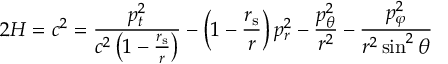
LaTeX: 2 H = c ^ { 2 } = { \frac { p _ { t } ^ { 2 } } { c ^ { 2 } \left( 1 - { \frac { r _ { \mathrm { { s } } } } { r } } \right) } } - \left( 1 - { \frac { r _ { \mathrm { { s } } } } { r } } \right) p _ { r } ^ { 2 } - { \frac { p _ { \theta } ^ { 2 } } { r ^ { 2 } } } - { \frac { p _ { \varphi } ^ { 2 } } { r ^ { 2 } \sin ^ { 2 } \theta } }